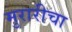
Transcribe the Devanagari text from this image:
मुरारीचा